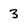
Character: 3